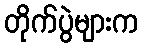
တိုက်ပွဲများက